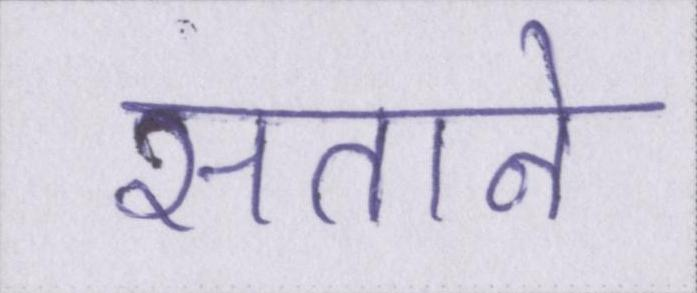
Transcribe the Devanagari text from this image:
सताने